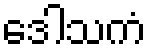
ဒေါသကံ